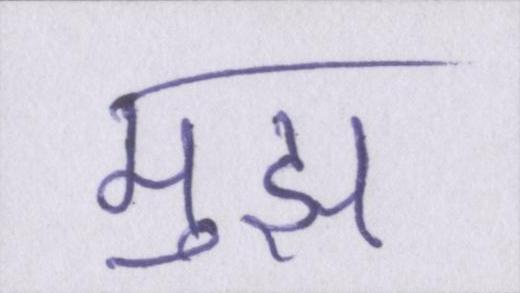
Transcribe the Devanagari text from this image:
मुझ